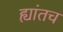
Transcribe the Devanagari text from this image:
ह्यांतच